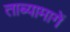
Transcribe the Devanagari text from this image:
ताब्यामागें